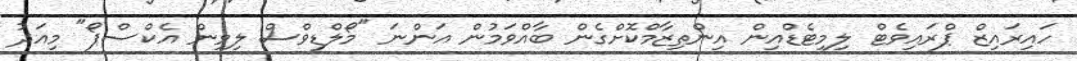
ހައިރައިޒް ޕްރައިވެޓް ލިމިޓެޑްއިން އިންތިޒާމްކޮށްގެން ބާއްވަމުން އަންނަަ "މޯލްޑިވްސް ލިވިން އެކްސްޕޯ" މިއަދު